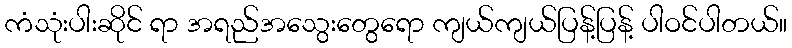
ကံသုံးပါးဆိုင် ရာ အရည်အသွေးတွေရော ကျယ်ကျယ်ပြန့်ပြန့် ပါဝင်ပါတယ်။